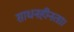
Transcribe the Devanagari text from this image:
साधनहीनता।